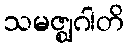
သမဇ္ဈဂါတိ